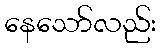
နေသော်လည်း